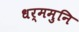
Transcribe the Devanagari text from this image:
धर्ममुनि